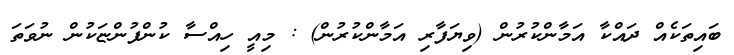
ބައިތަކެއް ދައްކާ އަމާންކުރުން (ވިޔަފާރި އަމާންކުރުން) : މިއީ ހިއްސާ ކުންފުންޏަކުން ނުވަތަ